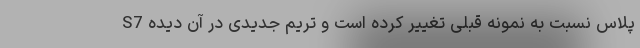
S7 پلاس نسبت به نمونه قبلی تغییر کرده است و تریم جدیدی در آن دیده